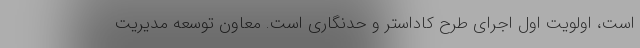
است، اولویت اول اجرای طرح کاداستر و حدنگاری است. معاون توسعه مدیریت